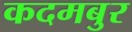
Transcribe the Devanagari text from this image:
कदमबुर